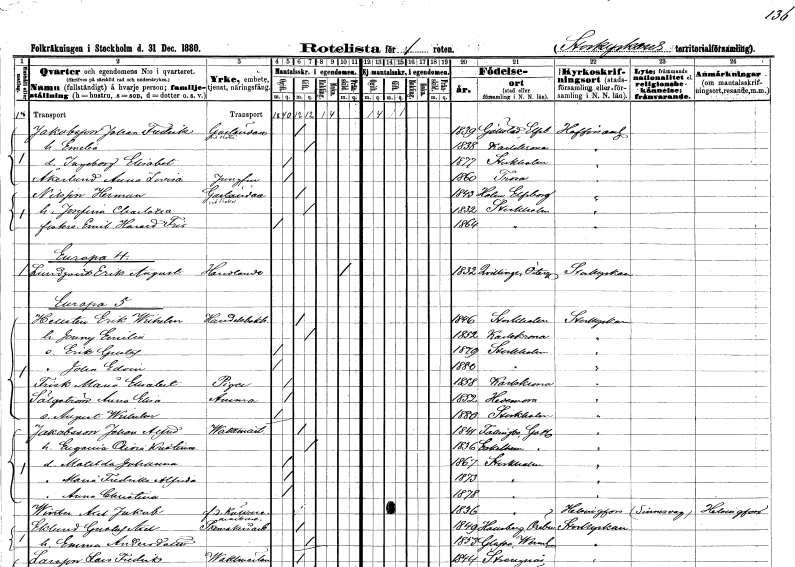
gt_parse: households: individuals: FN: Johan Fredrik
EN: Jakobsson
YRKE: Gaständare
KON: M
CIV: G
FODAR: 1839
FODFORS: Gällstad Älvsborgs län
FN: Emelia
KON: K
CIV: G
FODAR: 1838
FODFORS: Karlskrona Blekinge län
FN: Ingeborg Elisabet
KON: K
CIV: O
FODAR: 1877
FODFORS: Stockholm
FN: Anna Lovisa
EN: Åkerlund
YRKE: Jungfru
KON: K
CIV: O
FODAR: 1860
FODFORS: Trosa Södermanlands län
FN: Herman
EN: Nilsson
YRKE: Gaständare
KON: M
CIV: G
FODAR: 1843
FODFORS: Holm Älvsborgs län
FN: Josefina Charlotta
KON: K
CIV: G
FODAR: 1832
FODFORS: Stockholm
FN: Emil Harald
EN: Fris
KON: M
CIV: O
FODAR: 1864
FODFORS: Stockholm
FN: Erik August
EN: Lundqvist
YRKE: Handlande
KON: M
CIV: X
FODAR: 1832
FODFORS: Kvillinge Östergötlands län
FN: Erik Wilhelm
EN: Hellsten
YRKE: Handelsbokhållare
KON: M
CIV: G
FODAR: 1846
FODFORS: Stockholm
FN: Jenny Emilia
KON: K
CIV: G
FODAR: 1852
FODFORS: Karlskrona Blekinge län
FN: Erik Gustaf
KON: M
CIV: O
FODAR: 1879
FODFORS: Stockholm
FN: John Edvin
KON: M
CIV: O
FODAR: 1880
FODFORS: Stockholm
FN: Maria Elisabet
EN: Frisk
YRKE: Piga
KON: K
CIV: O
FODAR: 1858
FODFORS: Karlskrona Blekinge län
FN: Anna Elisa
EN: Sälgström
YRKE: Amma
KON: K
CIV: O
FODAR: 1852
FODFORS: Hedemora Kopparbergs län
FN: August Wilhelm
KON: M
CIV: O
FODAR: 1880
FODFORS: Stockholm
FN: Johan Alfred
EN: Jakobsson
YRKE: Vaktmästare
KON: M
CIV: G
FODAR: 1841
FODFORS: Follingbo Gotlands län
FN: Eugenia Olivia Kristina
KON: K
CIV: G
FODAR: 1836
FODFORS: Eskelhem Gotlands län
FN: Matilda Johanna
KON: K
CIV: O
FODAR: 1867
FODFORS: Stockholm
FN: Maria Fredrika Alfrida
KON: K
CIV: O
FODAR: 1873
FODFORS: Stockholm
FN: Anna Christina
KON: K
CIV: O
FODAR: 1878
FODFORS: Stockholm